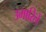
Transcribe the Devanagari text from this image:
उभारिलें